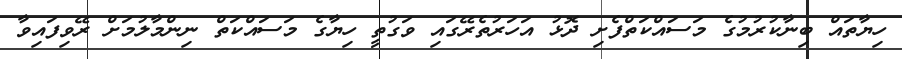
ހިޔާތައް ބިނާކުރުމުގެ މަސައްކަތްފެށި ދޮޅު އަހަރުތެރޭގައި ވަގުތީ ހިޔާގެ މަސައްކަތް ނިންމާލުމަށް ރޭވިފައިވާ